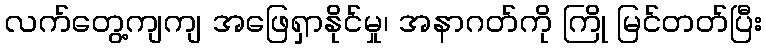
လက်တွေ့ကျကျ အဖြေရှာနိုင်မှု၊ အနာဂတ်ကို ကြို မြင်တတ်ပြီး